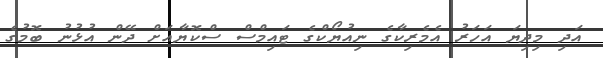
އަދި މިދިޔަ އަހަރު އެމެރިކާގެ ނިއުޔޯކްގެ ޓައިމްސް ސްކޮޔާއަށް ދޭން އުޅުނު ބޮމުގެ